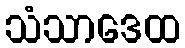
သံသာဒေထ